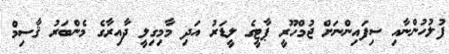
ފުލުހުންނާއި ސިފައިންނަށް ޖުމްހޫރީ ޕާޓީގެ ލީޑަރު އަދި މާމިގިލީ ދާއިރާގެ މެންބަރު ޤާސިމް